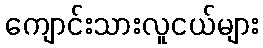
ကျောင်းသားလူငယ်များ